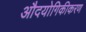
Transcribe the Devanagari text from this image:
औदयोगिकीकरण